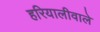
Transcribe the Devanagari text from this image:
हरियालीवाले